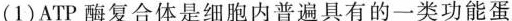
(1)ATP酶复合体是细胞内普遍具有的一类功能蛋